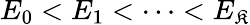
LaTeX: E_{0}<E_{1}<\dots<E_{\mathfrak{K}}